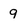
Character: 9